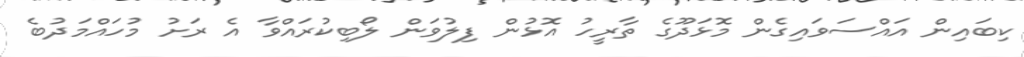
ކިބައިން އައްސަވައިގެން މޮޅަދޫގެ ތާރީހު އޮޅުން ފިލުވަން ލޯބިކުރައްވާ އެ ރަށު މުހައްމަދުބެ